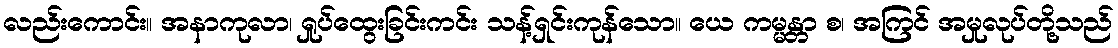
လည်းကောင်း။ အနာကုလာ၊ ရှုပ်ထွေးခြင်းကင်း သန့်ရှင်းကုန်သော။ ယေ ကမ္မန္တာ စ၊ အကြင် အမှုလုပ်တို့သည်